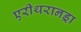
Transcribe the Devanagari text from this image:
एरीथरानड्रा